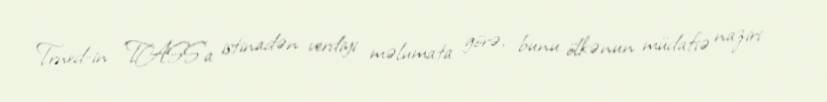
Trned-in "TASS"a istinadən verdiyi məlumata görə, bunu ölkənun müdafiə naziri